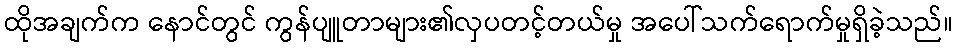
ထိုအချက်က နောင်တွင် ကွန်ပျူတာများ၏လှပတင့်တယ်မှု အပေါ်သက်ရောက်မှုရှိခဲ့သည်။